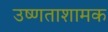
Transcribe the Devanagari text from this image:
उष्णताशामक